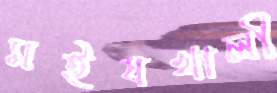
মইষখালী